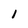
Character: 1